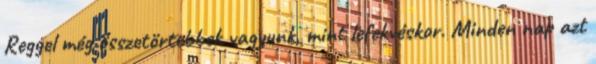
Reggel még összetörtebbek vagyunk, mint lefekvéskor. Minden nap azt